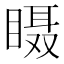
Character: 𱳅